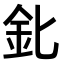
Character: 𨤽